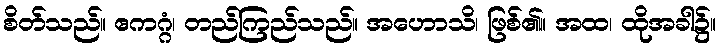
စိတ်သည်။ ဧကဂ္ဂံ၊ တည်ကြည်သည်။ အဟောသိ၊ ဖြစ်၏။ အထ၊ ထိုအခါ၌။